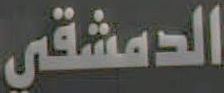
الدمشقي